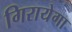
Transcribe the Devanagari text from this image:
गिरायेगा